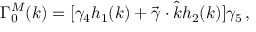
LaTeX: \Gamma _ { 0 } ^ { M } ( k ) = [ \gamma _ { 4 } h _ { 1 } ( k ) + \vec { \gamma } \cdot \hat { k } h _ { 2 } ( k ) ] \gamma _ { 5 } \, ,